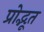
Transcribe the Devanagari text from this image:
प्रोद्भूत